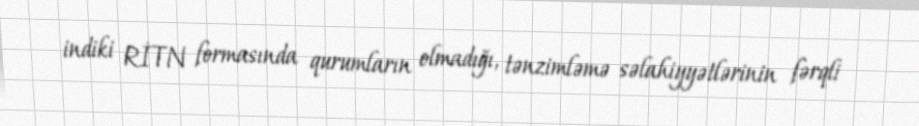
indiki RİTN formasında qurumların olmadığı, tənzimləmə səlahiyyətlərinin fərqli